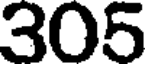
305